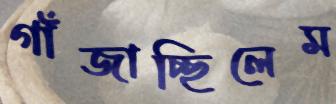
গাঁজাচ্ছিলেম